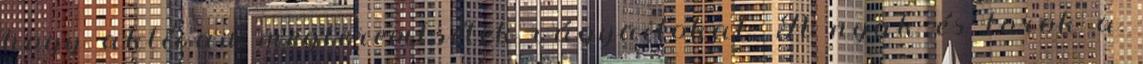
hogy aktívan megteremtsétek vágyaitokat. A nyak és torok a